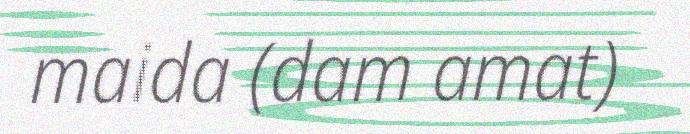
maida (dam amat)